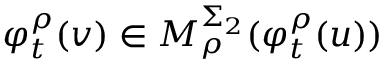
\varphi _ { t } ^ { \rho } ( v ) \in M _ { \rho } ^ { \Sigma _ { 2 } } ( \varphi _ { t } ^ { \rho } ( u ) )